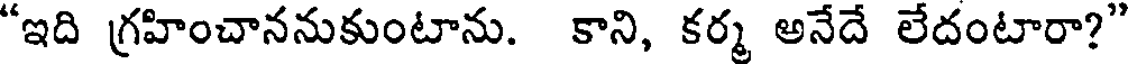
"ఇది గ్రహించాననుకుంటాను. కాని, కర్మ అనేదే లేదంటారా?"